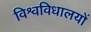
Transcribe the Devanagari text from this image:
विश्वविधालयों